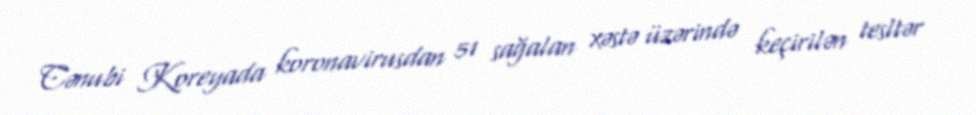
Cənubi Koreyada koronavirusdan 51 sağalan xəstə üzərində keçirilən tesltər